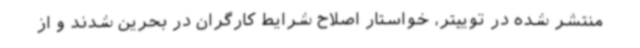
منتشر شده در توییتر، خواستار اصلاح شرایط کارگران در بحرین شدند و از